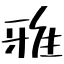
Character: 雅